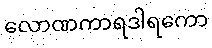
လောဏကာရဒါရကော